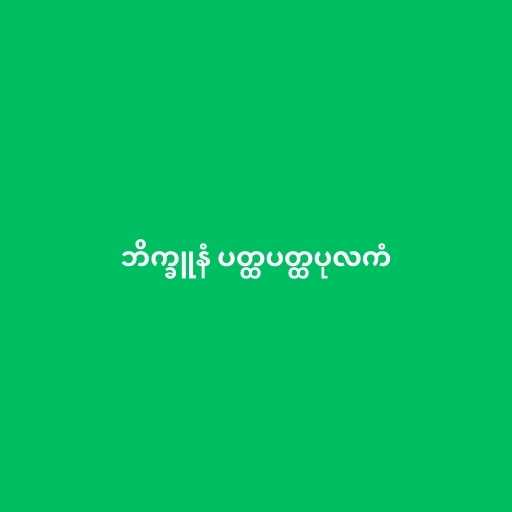
ဘိက္ခူနံ ပတ္ထပတ္ထပုလကံ